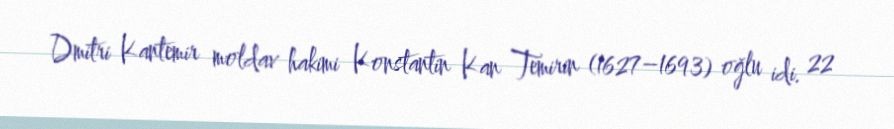
Dmitri Kantemir moldav hakimi Konstantin Kan Temirin (1627–1693) oğlu idi. 22